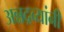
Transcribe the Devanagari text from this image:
अन्नद्रव्यांनी